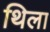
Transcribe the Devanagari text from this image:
थिला